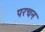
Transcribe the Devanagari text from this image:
परचन